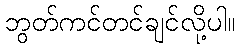
ဘွတ်ကင်တင်ချင်လို့ပါ။